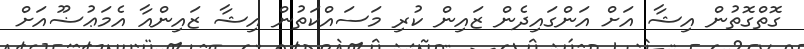
ގޮތްގޮތުން އިޝާ އަށް އަންގައިދެން ޒައިން ކުރި މަސައްކަތުން އިޝާ ޒައިންއާ އެމަޢުޟޫއަށް